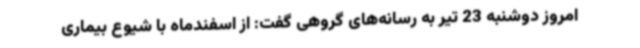
امروز دوشنبه 23 تیر به رسانه‌های گروهی گفت: از اسفندماه با شیوع بیماری